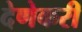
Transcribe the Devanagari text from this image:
देणेकरी